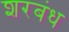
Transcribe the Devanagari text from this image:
शरबंध